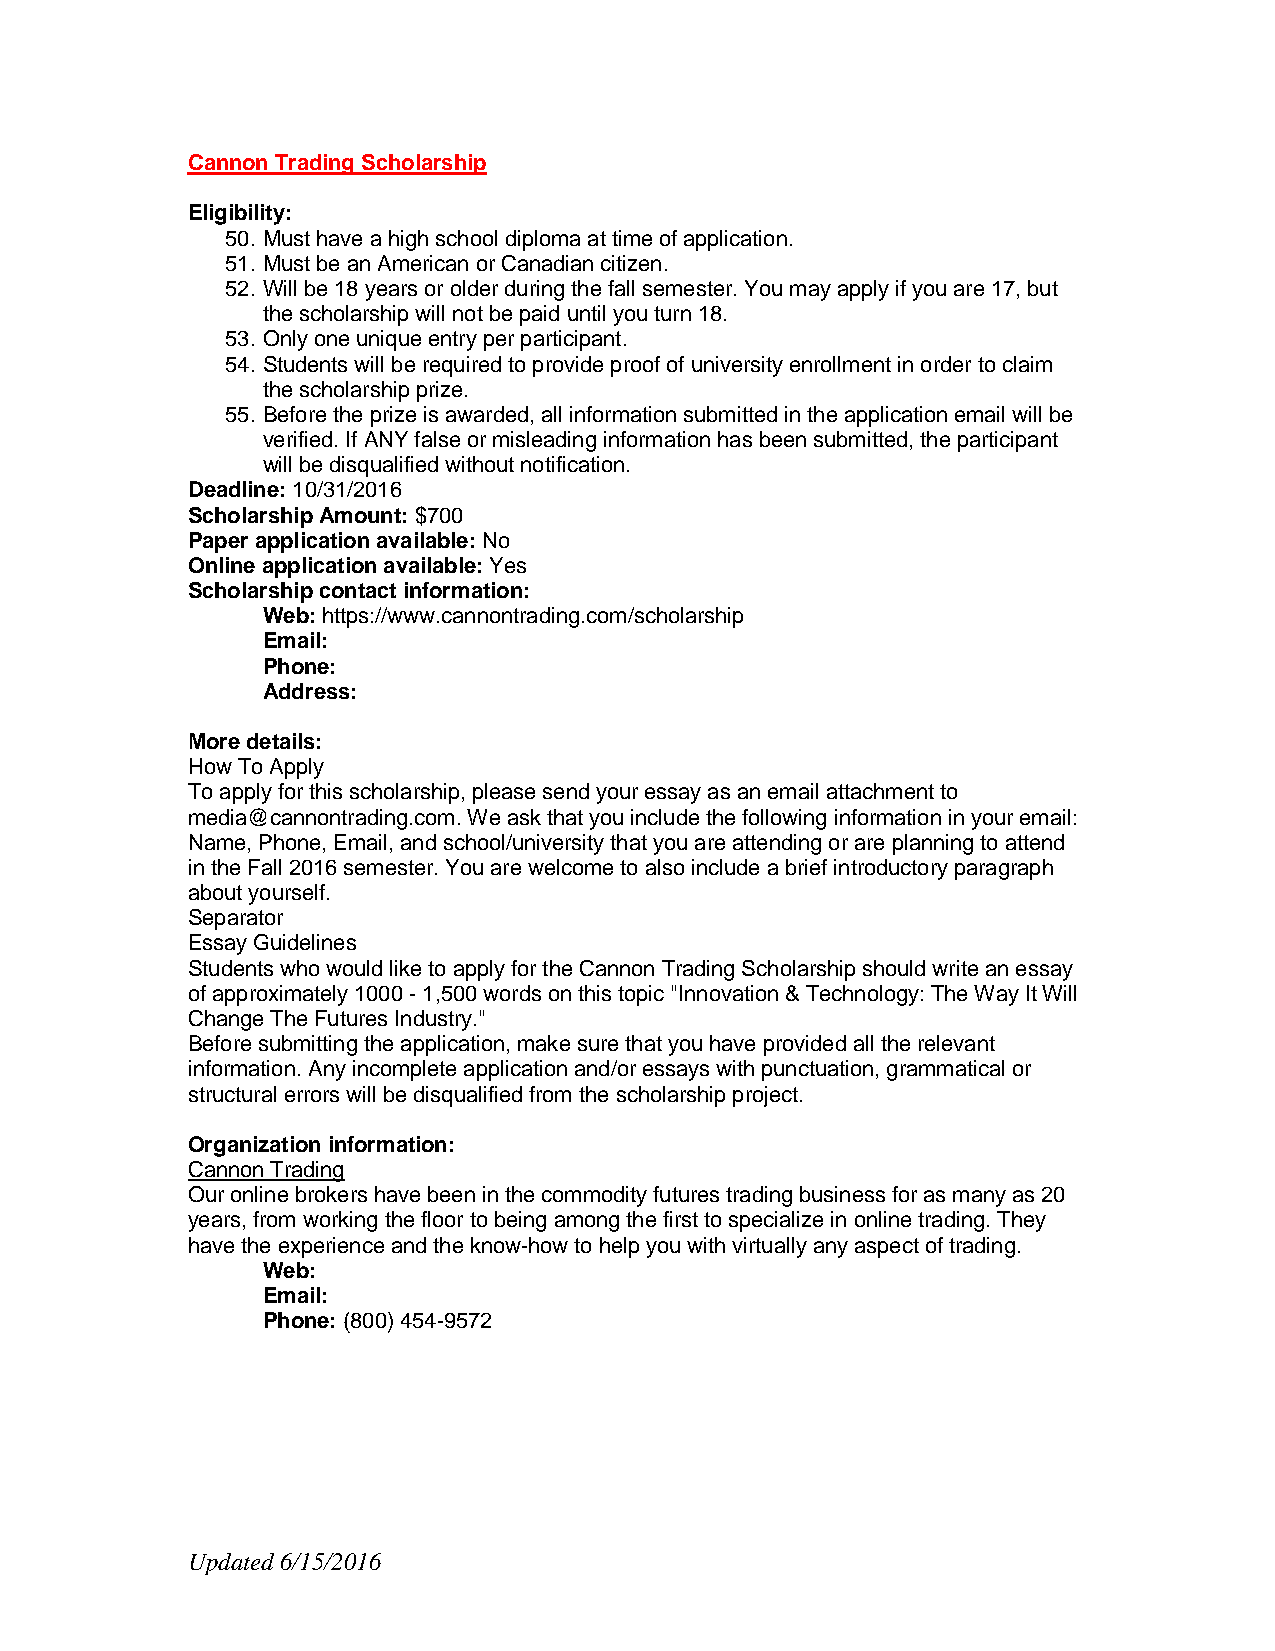
Cannon Trading Scholarship
 Eligibility:
 50. Must have a high school diploma at time of application.
 51. Must be an American or Canadian citizen.
 52. Will be 18 years or older during the fall semester. You may apply if you are 17, but
 the scholarship will not be paid until you turn 18.
 53. Only one unique entry per participant.
 54. Students will be required to provide proof of university enrollment in order to claim
 the scholarship prize.
 55. Before the prize is awarded, all information submitted in the application email will be
 verified. If ANY false or misleading information has been submitted, the participant
 will be disqualified without notification.
 Deadline: 10/31/2016
 Scholarship Amount: $700
 Paper application available: No
 Online application available: Yes
 Scholarship contact information:
 Web: https://www.cannontrading.com/scholarship
 Email:
 Phone:
 Address:
 More details:
 How To Apply
 To apply for this scholarship, please send your essay as an email attachment to
 media@cannontrading.com. We ask that you include the following information in your email:
 Name, Phone, Email, and school/university that you are attending or are planning to attend
 in the Fall 2016 semester. You are welcome to also include a brief introductory paragraph
 about yourself.
 Separator
 Essay Guidelines
 Students who would like to apply for the Cannon Trading Scholarship should write an essay
 of approximately 1000 - 1,500 words on this topic "Innovation & Technology: The Way It Will
 Change The Futures Industry."
 Before submitting the application, make sure that you have provided all the relevant
 information. Any incomplete application and/or essays with punctuation, grammatical or
 structural errors will be disqualified from the scholarship project.
 Organization information:
 Cannon Trading
 Our online brokers have been in the commodity futures trading business for as many as 20
 years, from working the floor to being among the first to specialize in online trading. They
 have the experience and the know-how to help you with virtually any aspect of trading.
 Web:
 Email:
 Phone: (800) 454-9572
 Updated 6/15/2016